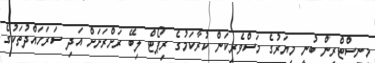
މިނިސްޓްރީން ބުނީ މިޔަރުގެ މަސްވެރިކަން ކުރާކަމުގެ ރިޕޯޓް ލިބޭ ރަށްރަށަށް އަދި ސަރަހައްދުތަކުގެ